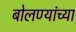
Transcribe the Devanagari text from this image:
बोलण्यांच्या